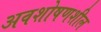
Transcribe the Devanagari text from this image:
अवशोषणशील